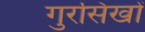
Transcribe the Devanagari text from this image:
गुरसिखों